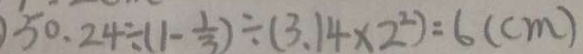
5 0 . 2 4 \div ( 1 - \frac { 1 } { 3 } ) \div ( 3 . 1 4 \times 2 ^ { 2 } ) = 6 ( c m )